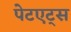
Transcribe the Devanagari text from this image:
पेटएट्स